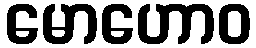
မောဟောဝ